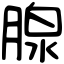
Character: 腺